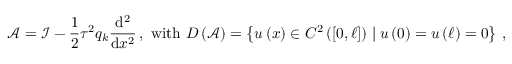
{ \mathcal { A } } = { \mathcal { I } } - \frac { 1 } { 2 } { \tau } ^ { 2 } { q } _ { k } \frac { \mathrm { d } ^ { 2 } } { \mathrm { d } { x } ^ { 2 } } \, , \ \mathrm { w i t h } \ D \left( { \mathcal { A } } \right) = \left\{ u \left( x \right) \in { C } ^ { 2 } \left( \left[ 0 , \ell \right] \right) \mid u \left( 0 \right) = u \left( \ell \right) = 0 \right\} \, ,